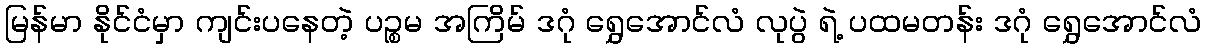
မြန်မာ နိုင်ငံမှာ ကျင်းပနေတဲ့ ပဉ္စမ အကြိမ် ဒဂုံ ရွှေအောင်လံ လုပွဲ ရဲ့ ပထမတန်း ဒဂုံ ရွှေအောင်လံ